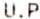
U.P